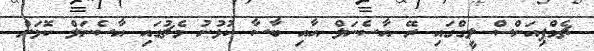
ޗެމްޕިއަންސް ލީގްގައި ރޭ އާސެނަލް އާއި ބާސާ ކުޅުނު މެޗުގައި އާސެނަލް ކޮޅަށް